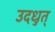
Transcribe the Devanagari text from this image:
उदधुत्